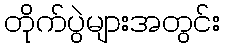
တိုက်ပွဲများအတွင်း